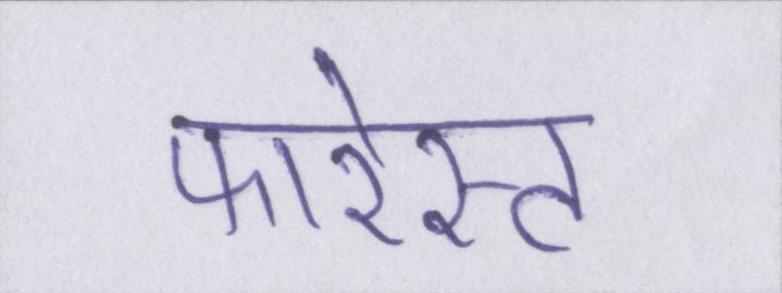
फारेस्ट